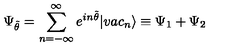
\Psi _ { \tilde { \theta } } = \sum _ { n = - \infty } ^ { \infty } e ^ { i n \tilde { \theta } } | v a c _ { n } \rangle \equiv \Psi _ { 1 } + \Psi _ { 2 }